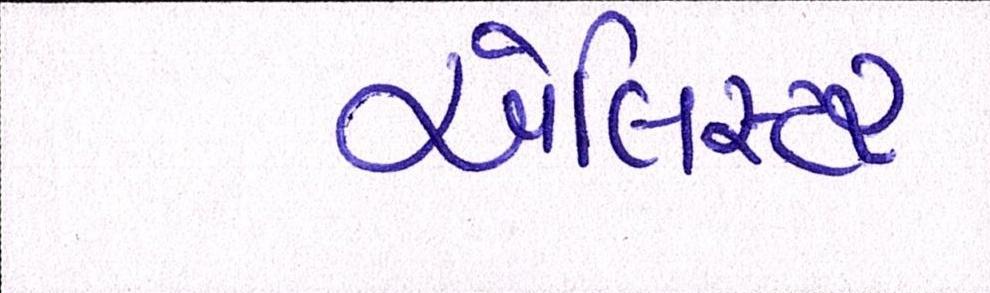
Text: એલિસ્ટર